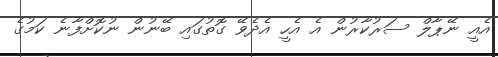
އެއީ ނޭޕާލް ސަރުކާރުން އެ އެހީ އެދެވޭ ގޮތުގައި ބޭނުން ނުކޮށްފާނެ ކަމުގެ